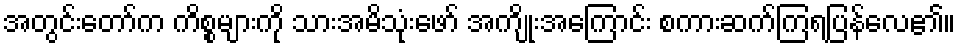
အတွင်းတော်က ကိစ္စများကို သားအမိသုံးဖော် အကျိုးအကြောင်း စကားဆက်ကြရပြန်လေ၏။